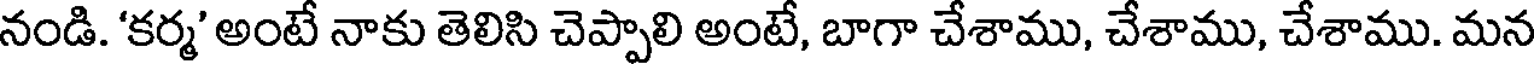
నండి. 'కర్మ' అంటే నాకు తెలిసి చెప్పాలి అంటే, బాగా చేశాము, చేశాము, చేశాము. మన